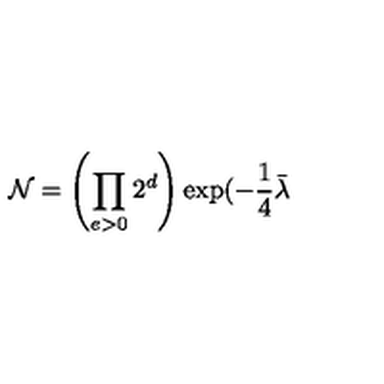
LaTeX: \mathcal { N } = \left( \prod _ { e > 0 } 2 ^ { d } \right) \exp ( - \frac { 1 } { 4 } \bar { \lambda }